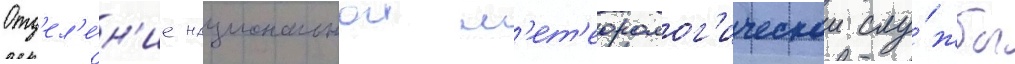
Отд'ел'е́н'ие национальнои м'ет'еоролог'ическои слу́жбы